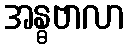
အန္ဓဗာလာ